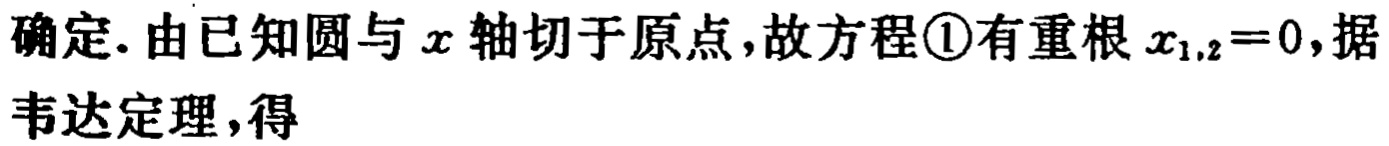
确定. 由已知圆与\(x\)轴切于原点,故方程\textcircled{1}有重根\(x_{1,2}=0\),据韦达定理,得